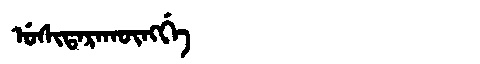
Manchu: ᡠᠰᡳᡨᠠᡵᠠᡴᡡᠩᡤᡝ
Romanization: USITARAKŪNGGE